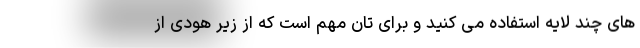
های چند لایه استفاده می کنید و برای تان مهم است که از زیر هودی از